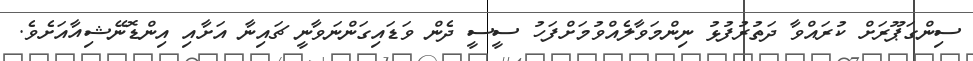
ސިންގަޕޫރަށް ކުރައްވާ ދަތުރުފުޅު ނިންމަވާލެއްވުމަށްފަހު ސީސީ ދެން ވަޑައިގަންނަވާނީ ޗައިނާ އަށާއި އިންޑޮނޭޝިއާއަށެވެ.